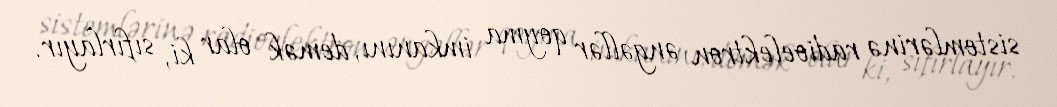
sistemlərinə radioelektron əngəllər qoyma imkanını, demək olar ki, sıfırlayır.